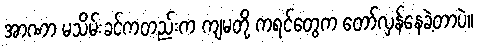
အာဏာ မသိမ်းခင်ကတည်းက ကျမတို့ ကရင်တွေက တော်လှန်နေခဲ့တာပဲ။